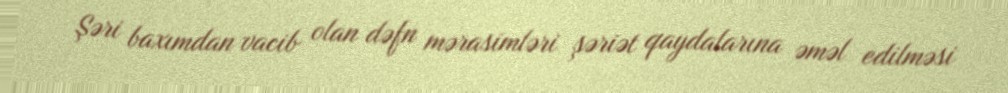
Şəri baxımdan vacib olan dəfn mərasimləri şəriət qaydalarına əməl edilməsi